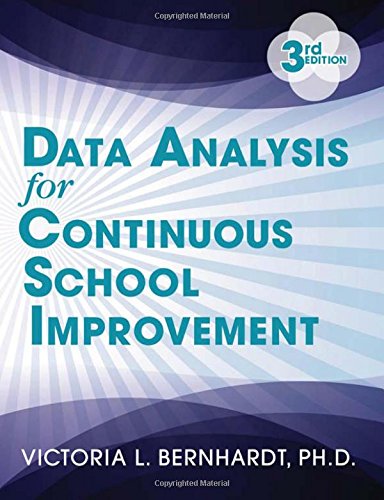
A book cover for Data Analysis for Continuous School Improvement; Victoria Bernhardt; Education & Teaching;